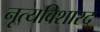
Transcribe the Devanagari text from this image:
नृत्यविशारद